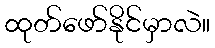
ထုတ်ဖော်နိုင်မှာလဲ။